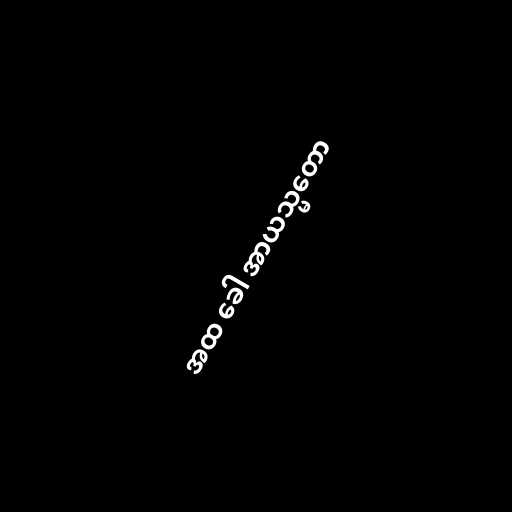
အထ ခေါ အာယသ္မတော